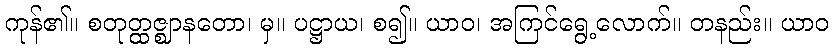
ကုန်၏။ စတုတ္ထဇ္ဈာနတော၊ မှ။ ပဋ္ဌာယ၊ စ၍။ ယာဝ၊ အကြင်ရွေ့လောက်။ တနည်း။ ယာဝ